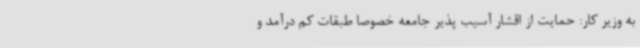
به وزیر کار: حمایت از اقشار آسیب پذیر جامعه خصوصا طبقات کم درآمد و